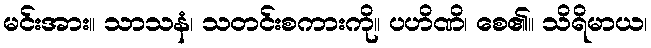
မင်းအား။ သာသနံ၊ သတင်းစကားကို။ ပဟိဏိ၊ စေ၏။ သိရိမာယ၊